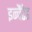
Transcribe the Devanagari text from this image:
इन्चैंटेड